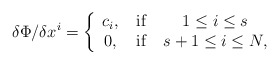
\begin{align*}\delta \Phi/\delta x^{i}= \left \{\begin{array}{ccc} c_i, & \> \hbox{if} \> &1\leq i\leq s \\0, & \> \hbox{if} \> &s+1\leq i\leq N, \end{array} \right.\end{align*}